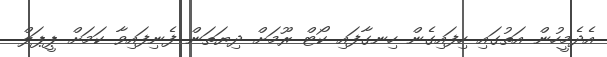
އެދެމީހުން އަތުގައި ހިފައިގެން ހިނގާފައި ކޯޓް ރޫމަށް ދިޔަތަން ފެނިފައިވާ ކަމަށް ޕީޕަލް